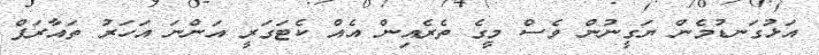
އަޅުގަނޑުމެން ޔަގީނުން ވެސް މީގެ ތެރެއިން އެއް ކެޓަގަރީ އަންނަ އަހަރު ތައާރަފް